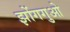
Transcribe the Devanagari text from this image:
झोंगगुओ